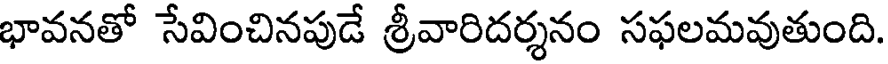
భావనతో సేవించినపుడే శ్రీవారిదర్శనం సఫలమవుతుంది.